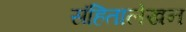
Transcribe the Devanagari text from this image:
संहितालेखन